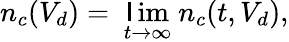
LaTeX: n_{c}(V_{d})=\ \underset{t\rightarrow\infty}{\operatorname*{\mathsf{l}im}}\ n_{c}(t,V_{d}),